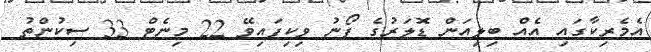
އެމެރިކާގައި އެއް ބިލިއަން ޑޮލަރުގެ ފޯނު ވިކިފައިވޭ 22 މިނެޓް 33 ސިކުންތު